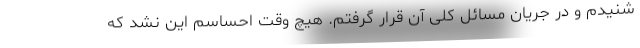
شنیدم و در جریان مسائل کلی آن قرار گرفتم. هیچ وقت احساسم این نشد که